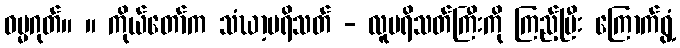
ဓမ္မဂုတ်။ ။ ကိုယ်တော်က သံဃာ့ပရိသတ် - လူပရိသတ်ကြီးကို ကြည့်ပြီး ကြောက်ရွံ့